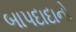
બાપદાદાનો